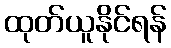
ထုတ်ယူနိုင်ရန်